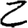
Digit: 2